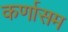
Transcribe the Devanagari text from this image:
कर्णासम